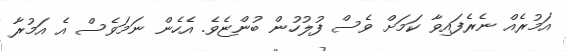
އަމުރެއް ނެރެފައިވާ ކަމަށް ވެސް ފުލުހުން ބުންޏެވެ. އެހެން ނަމަވެސް އެ އަމުރާ